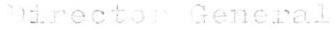
Director General